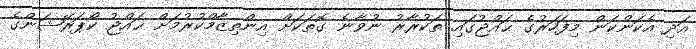
އަދި އެކަންކަން މިފަހަރުގެ ޙައްޖުގައި ތަކުރާރު ނުވާނެ ގޮތަކަށް އިންތިޒާމްކުރުމަށް ޙައްޖު ކޯޕަރޭޝަންގެ